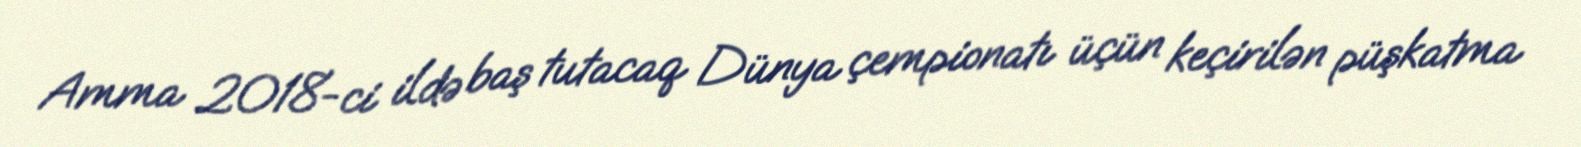
Amma 2018-ci ildə baş tutacaq Dünya çempionatı üçün keçirilən püşkatma